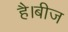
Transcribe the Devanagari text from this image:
है।बीज